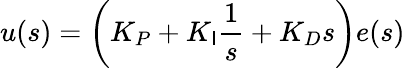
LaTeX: u(s)=\left(K_{P}+K_{\mathsf{I}}{\frac{{1}}{{s}}}+K_{D}s\right)e(s)